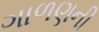
ગાળણની